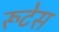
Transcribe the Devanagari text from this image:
रूटेस